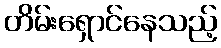
တိမ်းရှောင်နေသည့်